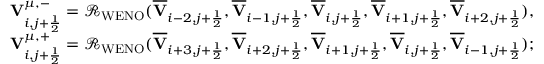
\begin{array} { r } { { \mathbf { V } } _ { i , j + \frac { 1 } { 2 } } ^ { \mu , - } = \mathcal { R } _ { \mathrm { W E N O } } ( \overline { { \mathbf { V } } } _ { i - 2 , j + \frac { 1 } { 2 } } , \overline { { \mathbf { V } } } _ { i - 1 , j + \frac { 1 } { 2 } } , \overline { { \mathbf { V } } } _ { i , j + \frac { 1 } { 2 } } , \overline { { \mathbf { V } } } _ { i + 1 , j + \frac { 1 } { 2 } } , \overline { { \mathbf { V } } } _ { i + 2 , j + \frac { 1 } { 2 } } ) , } \\ { { \mathbf { V } } _ { i , j + \frac { 1 } { 2 } } ^ { \mu , + } = \mathcal { R } _ { \mathrm { W E N O } } ( \overline { { \mathbf { V } } } _ { i + 3 , j + \frac { 1 } { 2 } } , \overline { { \mathbf { V } } } _ { i + 2 , j + \frac { 1 } { 2 } } , \overline { { \mathbf { V } } } _ { i + 1 , j + \frac { 1 } { 2 } } , \overline { { \mathbf { V } } } _ { i , j + \frac { 1 } { 2 } } , \overline { { \mathbf { V } } } _ { i - 1 , j + \frac { 1 } { 2 } } ) ; } \end{array}